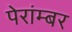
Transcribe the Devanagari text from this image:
पेरांम्बर